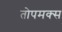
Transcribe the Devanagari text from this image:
तोपमक्स